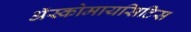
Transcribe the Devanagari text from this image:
अॅस्कोमायसिटिस